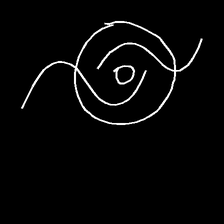
Glyph: repetition